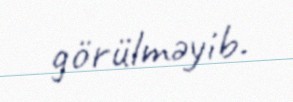
görülməyib.